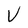
Character: V